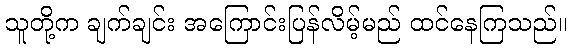
သူတို့က ချက်ချင်း အကြောင်းပြန်လိမ့်မည် ထင်နေကြသည်။